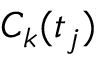
C _ { k } ( t _ { j } )